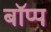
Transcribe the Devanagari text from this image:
बॉप्प